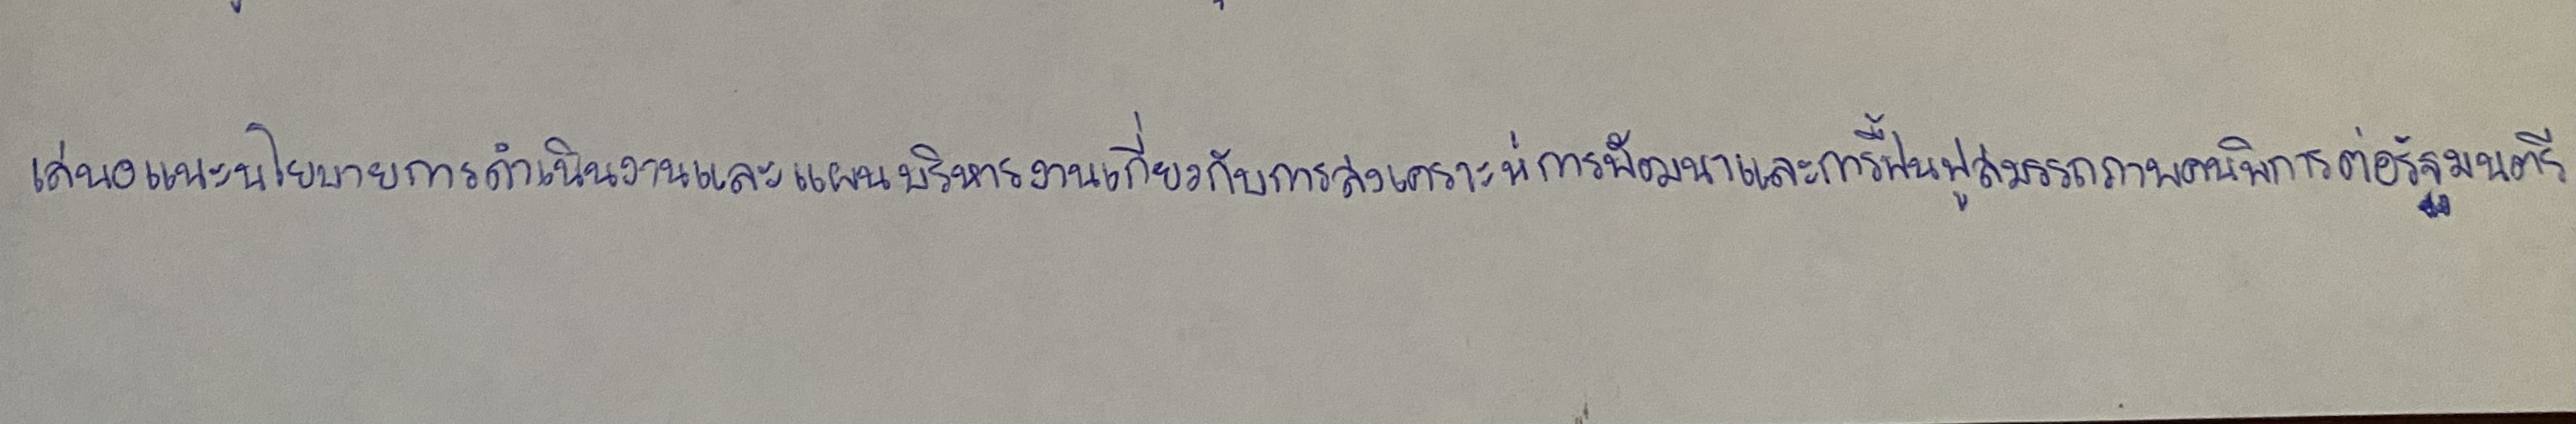
เสนอแนะนโยบายการดำเนินงานและแผนบริหารงานเกี่ยวกับการสงเคราะห์การพัฒนาและการฟื้นฟูสมรรถภาพคนพิการต่อรัฐมนตรี